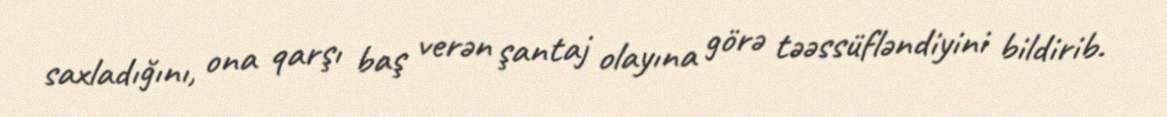
saxladığını, ona qarşı baş verən şantaj olayına görə təəssüfləndiyini bildirib.